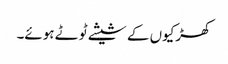
کھڑکیوں کے شیشے ٹوٹے ہوئے۔